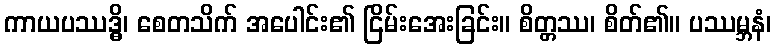
ကာယပဿဒ္ဓိ၊ စေတသိက် အပေါင်း၏ ငြိမ်းအေးခြင်း။ စိတ္တဿ၊ စိတ်၏။ ပဿမ္ဘနံ၊